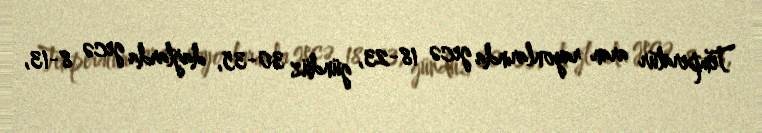
Temperatur aran rayonlarında gecə 18-23, gündüz 30-35, dağlarda gecə 8-13,